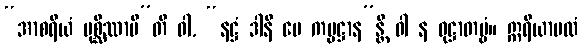
“အာစရိယံ ပုစ္ဆိဿာမီ”တိ ဝါ, “နဋ္ဌံ ဒါနိ မေ ကမ္မဋ္ဌာန”န္တိ ဝါ န ဝုဋ္ဌာတဗ္ဗံ။ ဣရိယာပထံ